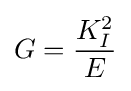
G={\frac {K_{I}^{2}}{E}}